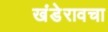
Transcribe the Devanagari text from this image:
खंडेरावचा